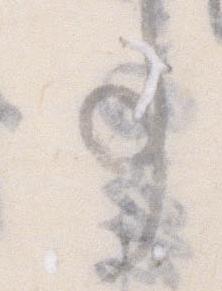
事